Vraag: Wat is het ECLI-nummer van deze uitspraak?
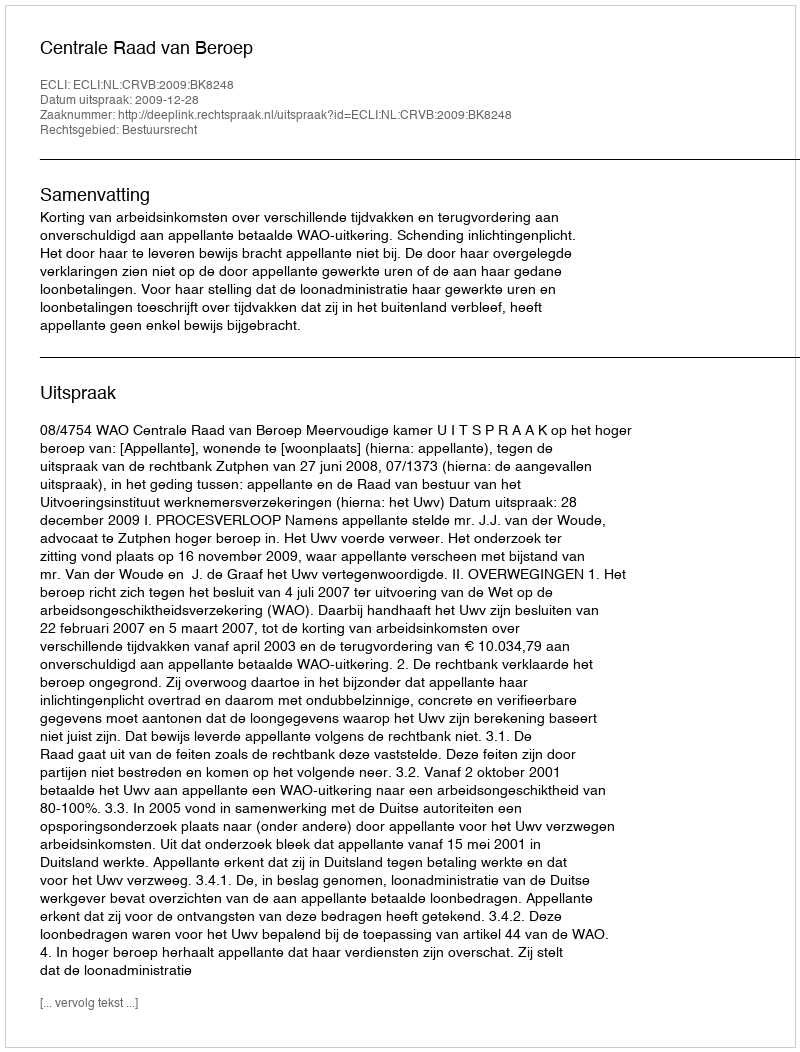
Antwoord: ECLI:NL:CRVB:2009:BK8248